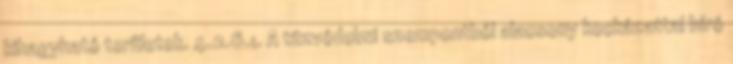
kihagyható területek. 4.2.6.1. A tûzvédelmi szempontból alacsony kockázattal bíró